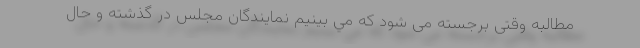
مطالبه وقتى برجسته مى شود كه مي بينيم نمايندگان مجلس در گذشته و حال